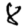
Digit: 8